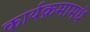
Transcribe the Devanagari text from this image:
कार्यक्रमामधे